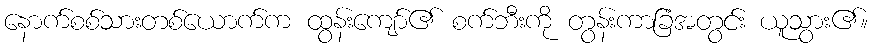
နောက်စစ်သားတစ်ယောက်က ထွန်းကျော်၏ စက်ဘီးကို တွန်းကာခြံအတွင်း ယူသွား၏။